Annual report of the Punjab Veterinary College and of the Civil Veterinary Department, Punjab - 1926-1932
Year: 1926
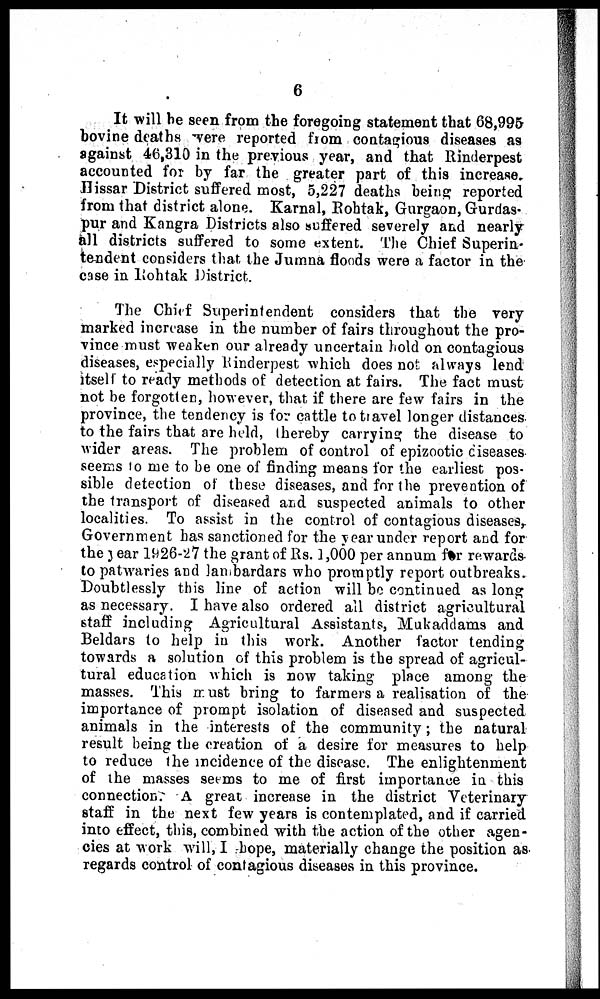
6
It will be seen from the foregoing statement that 68,995
bovine deaths were reported from contagious diseases as
against 46,310 in the previous year, and that Rinderpest
accounted for by far the greater part of this increase.
Hissar District suffered most, 5,227 deaths being reported
from that district alone. Karnal, Rohtak, Gurgaon, Gurdas-
pur and Kangra Districts also suffered severely and nearly
all districts suffered to some extent. The Chief Superin-
tendent considers that the Jumna floods were a factor in the
case in Rohtak District.
The Chief Superintendent considers that the very
marked increase in the number of fairs throughout the pro-
vince must weaken our already uncertain hold on contagious
diseases, especially Rinderpest which does not always lend
itself to ready methods of detection at fairs. The fact must
not be forgotten, however, that if there are few fairs in the
province, the tendency is for cattle to travel longer distances
to the fairs that are held, thereby carrying the disease to
wider areas. The problem of control of epizootic diseases
seems to me to be one of finding means for the earliest pos-
sible detection of these diseases, and for the prevention of
the transport of diseased and suspected animals to other
localities. To assist in the control of contagious diseases,
Government has sanctioned for the year under report and for
the year 1926-27 the grant of Rs. 1,000 per annum for rewards
to patwaries and lambardars who promptly report outbreaks.
Doubtlessly this line of action will be continued as long
as necessary. I have also ordered all district agricultural
staff including Agricultural Assistants, Mukaddams and
Beldars to help in this work. Another factor tending
towards a solution of this problem is the spread of agricul-
tural education which is now taking place among the
masses. This must bring to farmers a realisation of the
importance of prompt isolation of diseased and suspected
animals in the interests of the community; the natural
result being the creation of a desire for measures to help
to reduce the incidence of the disease. The enlightenment
of the masses seems to me of first importance in this
connection. A great increase in the district Veterinary
staff in the next few years is contemplated, and if carried
into effect, this, combined with the action of the other agen-
cies at work will, I hope, materially change the position as
regards control of contagious diseases in this province.